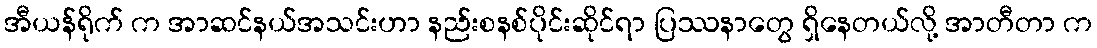
အီယန်ရိုက် က အာဆင်နယ်အသင်းဟာ နည်းစနစ်ပိုင်းဆိုင်ရာ ပြဿနာတွေ ရှိနေတယ်လို့ အာတီတာ က